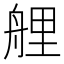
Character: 艃